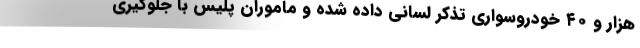
هزار و ۴۰ خودروسواری تذکر لسانی داده شده و ماموران پلیس با جلوگیری